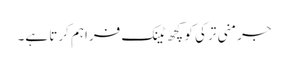
جرمنی ترکی کو کچھ ٹینک فراہم کرتا ہے۔